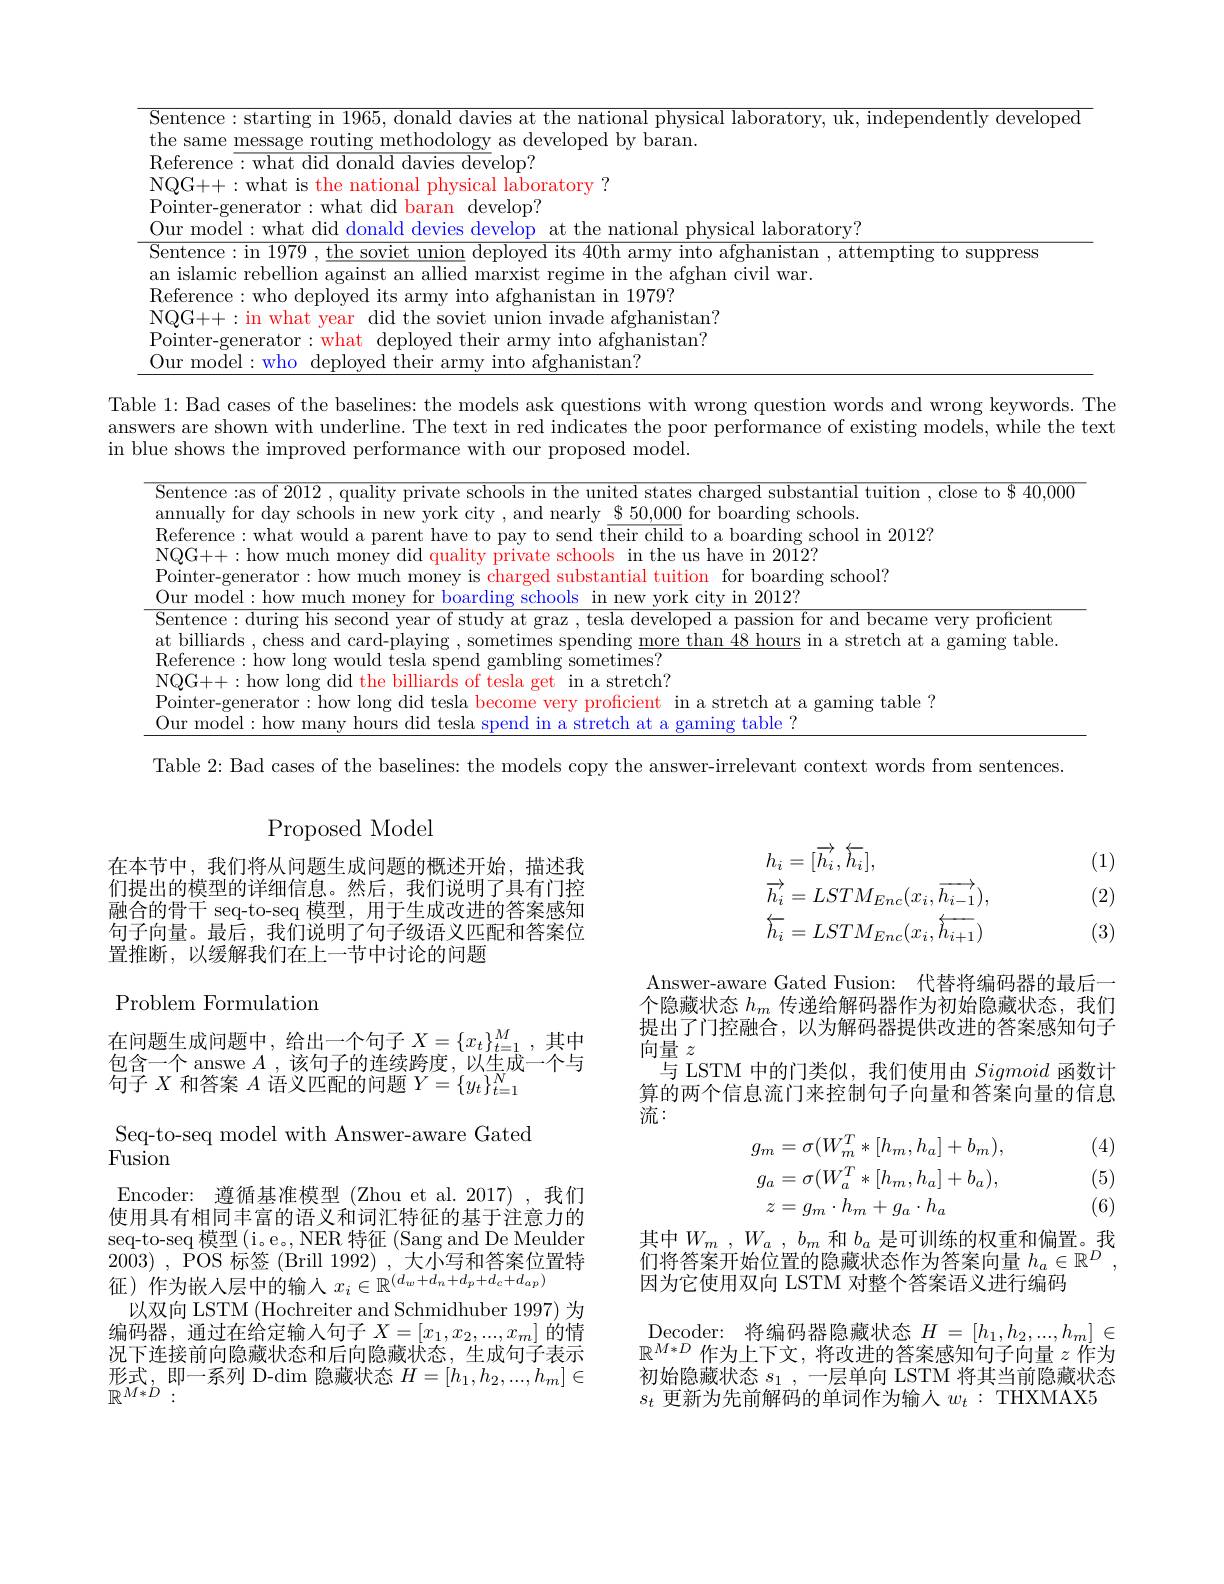
<table>
	<tbody>
		<tr>
			<td>labl $\mathbf{hsw}$ $bl$</td>
			<td>Bad cases of the baselines: the models ask questions with wrong question words and wrong keywords. Th re shown with underline. The text in red indicates the poor performance of existing models, while the tex nows the improved performance with our proposed model.</td>
		</tr>
	</tbody>
</table>

Table 2: Bad cases of the baselines: the models copy the answer-irrelevant context words from sentences

Proposed Model

在本节中，我们将从问题生成问题的概述开始，描述我们提出的模型的详细信息。然后，我们说明了具有门控融合的骨干 seq-to-seq 模型，用于生成改进的答案感知句子向量。最后，我们说明了句子级语义匹配和答案位置推断，以缓解我们在上一节中讨论的问题

在问题生成问题中，给出一个句子$X=\{x_t\}_{t=1}^M$,其中包含一个 answe $A$ ,该句子的连续跨度，以生成一个与$\bar{\text{句子 }X}$和答案$A$语义匹配的问题$Y=\{y_t\}_t=1^N$

Problem Formulation
Seq-to-seq model with Answer-aware Gated
Fusion
Encoder: 遵循基准模型 (Zhou et al.2017),我们使用具有相同丰富的语义和词汇特征的基于注意力的seq-to-seq 模型(i。e。, NER 特征 (Sang and De Meulder 2003) , POS 标 签 ( Brill 1992) , 大 小 写 和 答 案 位 置 特 征 ) 作 为 嵌 人 层 中 的 输 入 $x_{i}\in \mathbb{R} ^{( d_{w}+ d_{n}+ d_{p}+ d_{c}+ d_{ap}) }$ 征 ) 作 为 嵌 人 层 中 的 输 入 $x_{i}\in \mathbb{R} ^{( d_{w}+ d_{n}+ d_{p}+ d_{c}+ d_{ap}) }$ Teresteres
以双向 LSTM (Hochreiter and Schmidhuber 1997) 为编码器，通过在给定输入句子$X=[x_1,x_2,...,x_m]$的情况下连接前向隐藏状态和后向隐藏状态，生成句子表示形式，即一系列 D-dim 隐藏状态$H=[h_1,h_2,...,h_m]\in$ $\mathbb{R}^{M*D}:$

(1)
$$\begin{aligned}&h_{i}=[\overrightarrow{h_{i}},\overleftarrow{h_{i}}],\\&\overrightarrow{h_{i}}=LSTM_{Enc}(x_{i},\overrightarrow{h_{i-1}}),\\&\overleftarrow{h_{i}}=LSTM_{Enc}(x_{i},\overleftarrow{h_{i+1}})\end{aligned}$$
(2)

(3)

Answer-aware Gated Fusion: 代替将编码器的最后一个隐藏状态$h_m$传递给解码器作为初始隐藏状态，我们提出了门控融合，以为解码器提供改进的答案感知句子向量$z$
与 LSTM 中的门类似，我们使用由Sigmoid函数计算的两个信息流门来控制句子向量和答案向量的信息流：

(4)
$$\begin{aligned}g_{m}&=\sigma(W_{m}^{T}*[h_{m},h_{a}]+b_{m}),\\g_{a}&=\sigma(W_{a}^{T}*[h_{m},h_{a}]+b_{a}),\\z&=g_{m}\cdot h_{m}+g_{a}\cdot h_{a}\end{aligned}$$
(5)

(6)

其中$W_m$ , $W_a$ , $b_m$和$b_a$是可训练的权重和偏置。我们将答案开始位置的隐藏状态作为答案向量$h_a\in\mathbb{R}^D$ 因为它使用双向 LSTM 对整个答案语义进行编码

$\mathop{\text{Decoder: 将编码器隐藏状态 }H=[h_{1},h_{2},...,h_{m}]\in}$ $\mathbb{R}^{M*D}$作为上下文，将改进的答案感知句子向量$z$作为初始隐藏状态$s_1$,一层单向 LSTM 将其当前隐藏状态$s_t$更新为先前解码的单词作为输入$w_t:$ THXMAX5